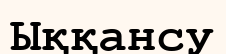
Ыққансу